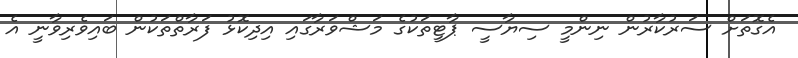
އެގޮތަށް ސަރުކާރުން ނިންމީ ސިޔާސީ ޕާޓީތަކުގެ މަޝްވަރާގައި އިދިކޮޅު ފަރާތްތަކުން ބައިވެރިވާނީ އެ